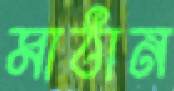
মাঠান